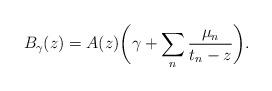
LaTeX: \begin{align*}B_\gamma(z) = A(z) \bigg(\gamma + \sum_n \frac{\mu_n}{t_n-z}\bigg).\end{align*}